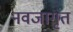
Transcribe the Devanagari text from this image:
नवजागृत